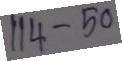
114 - 50